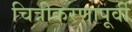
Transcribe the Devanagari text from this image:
चित्रीकरणापूर्वी